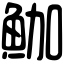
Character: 𩶛